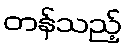
တန်သည့်